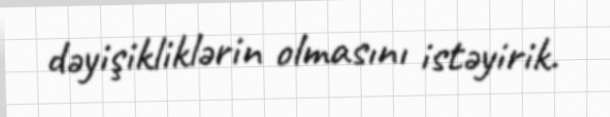
dəyişikliklərin olmasını istəyirik.